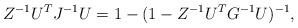
LaTeX: \begin{align*}Z^{-1}U^TJ^{-1}U=1-(1- Z^{-1}U^TG^{-1}U)^{-1},\end{align*}